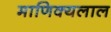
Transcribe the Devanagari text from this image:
माणिक्यलाल